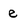
Character: e